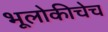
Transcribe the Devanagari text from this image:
भूलोकीचेच